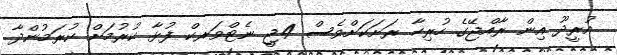
އުރީދޫ އިން ރާއްޖޭގެ ހުރިހާ ރަށަކަށްވެސް 4ޖީ ނެޓްވަރކް ފުޅާ ކުރުމަށް ކުރަމުންދާ